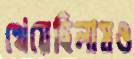
খেয়েছিলামও